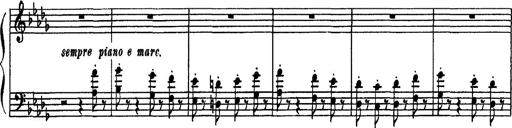
Title: Fantaisie sur des motifs favoris de l'opÃ©ra 'La sonnambula'
Composer: Franz Liszt